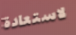
لاستعادة